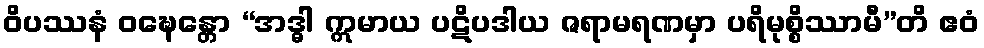
ဝိပဿနံ ဝဍ္ဎေန္တော “အဒ္ဓါ ဣမာယ ပဋိပဒါယ ဇရာမရဏမှာ ပရိမုစ္စိဿာမီ”တိ ဧဝံ